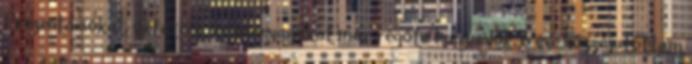
Prezentációkat, oktatási segédanyagokat már régóta használok. 6 éve hozzájutottam